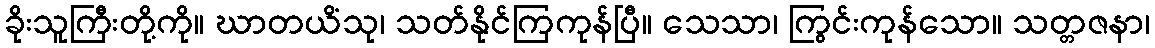
ခိုးသူကြီးတို့ကို။ ဃာတယိံသု၊ သတ်နိုင်ကြကုန်ပြီ။ သေသာ၊ ကြွင်းကုန်သော။ သတ္တဇနာ၊